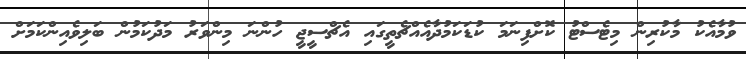
ވުމާއެކު މާކުރިން މިޓެސްޓު ކޮށްފިނަމަ ކުޑަކަމުދާއެއްޗެތީގައި އެޗްސީޖީ ހުންނަ މިންވަރު މަދުކަމުން ބަލިވެއިންކަމަށް